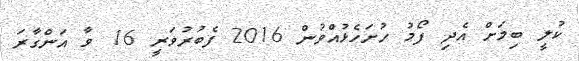
ކުލީ ބިމަށް އެދި ފޯމު ހުށަހެޅުއްވުން 2016 ފެބުރުވަރީ 16 ވާ އަންގާރަ